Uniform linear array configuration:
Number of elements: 12
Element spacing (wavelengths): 0.5
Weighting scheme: cosine
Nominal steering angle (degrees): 45
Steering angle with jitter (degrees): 46.536
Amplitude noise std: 0.05
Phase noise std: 0.05

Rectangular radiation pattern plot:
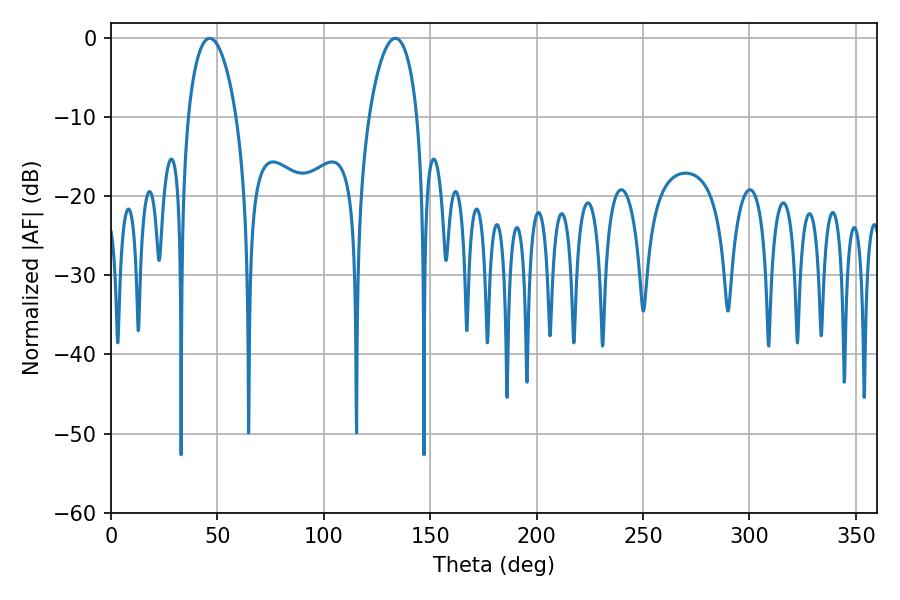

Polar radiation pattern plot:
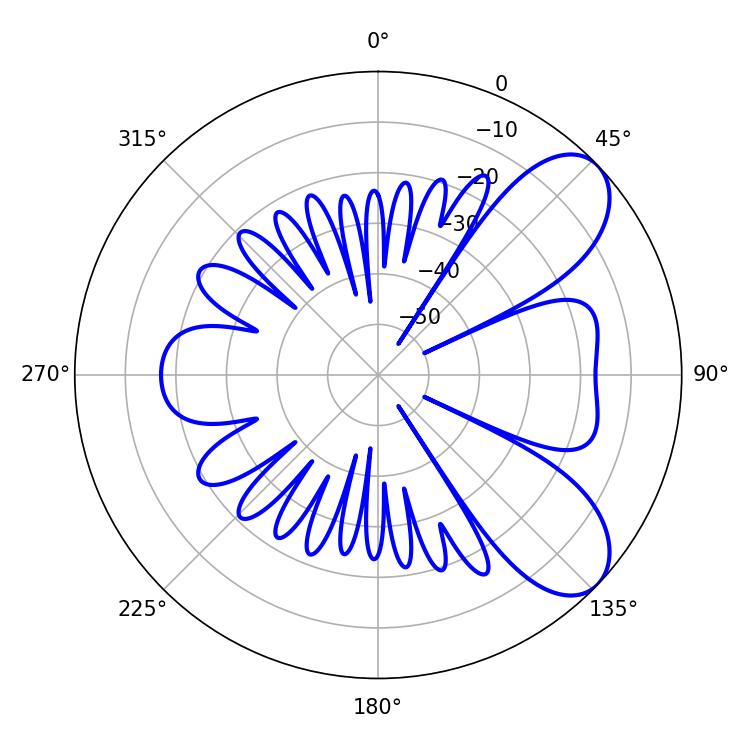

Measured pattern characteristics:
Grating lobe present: FALSE
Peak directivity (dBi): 7.575
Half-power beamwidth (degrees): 12.96
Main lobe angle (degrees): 46.44